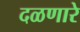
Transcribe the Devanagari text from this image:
दळणारे